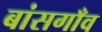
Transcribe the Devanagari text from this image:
बांसगाँव